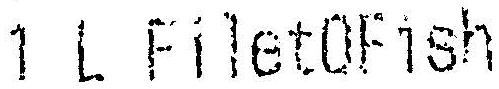
1 L FILETOFISH